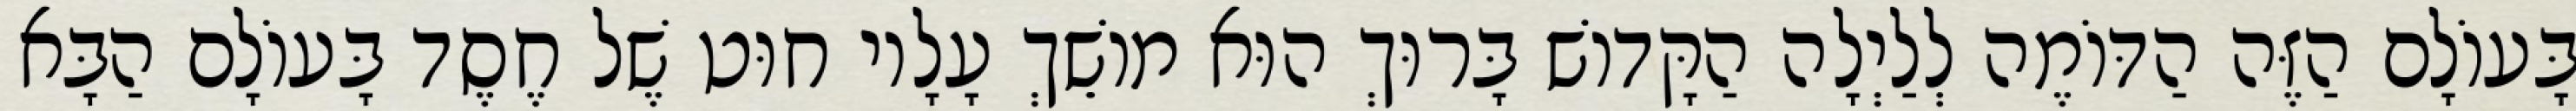
בָּעוֹלָם הַזֶּה הַדּוֹמֶה לְלַיְלָה הַקָּדוֹשׁ בָּרוּךְ הוּא מוֹשֵׁךְ עָלָיו חוּט שֶׁל חֶסֶד בָּעוֹלָם הַבָּא